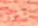
تقسو